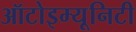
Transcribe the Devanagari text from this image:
ऑटोइम्यूनिटी